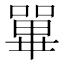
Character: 𡁘